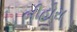
બીહોરા